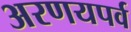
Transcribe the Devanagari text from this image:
अरणयपर्व